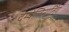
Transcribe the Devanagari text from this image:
देम्येलिनातिंग